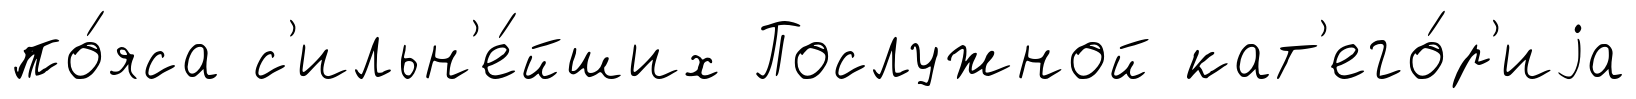
по́яса с'ильн'е́йших Послужной кат'его́р'иjа